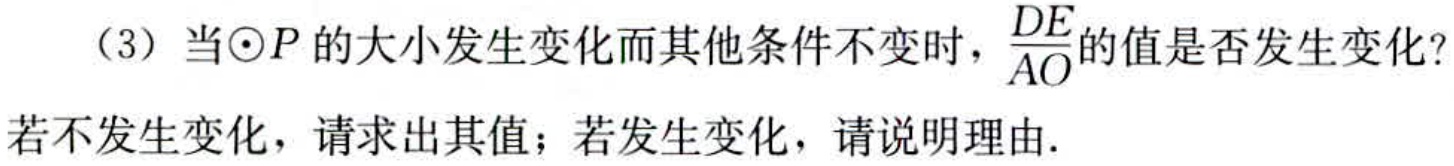
（3）当$\odot P$的大小发生变化而其他条件不变时，$\frac{DE}{AO}$的值是否发生变化？

若不发生变化，请求出其值；若发生变化，请说明理由.